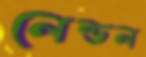
লেন্ডল